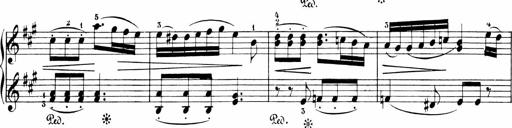
Title: 6 Sonatinas
Composer: Carl Reinecke